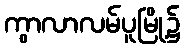
ကွာလာလမ်ပူမြို့၌